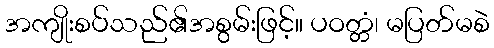
အကျိုးစပ်သည်၏အစွမ်းဖြင့်။ ပဝတ္တံ၊ မပြတ်မစဲ